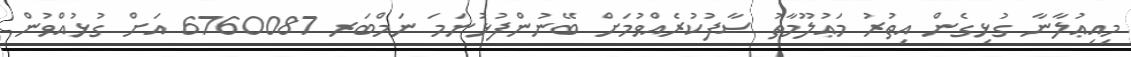
މިއިޢުލާނާ ގުޅިގެން އިތުރު މަޢުލޫމާތު ސާފުކުރެއްވުމަށް ބޭނުންފުޅުނަމަ ނަމްބަރ 6760087 އަށް ގުޅުއްވުން